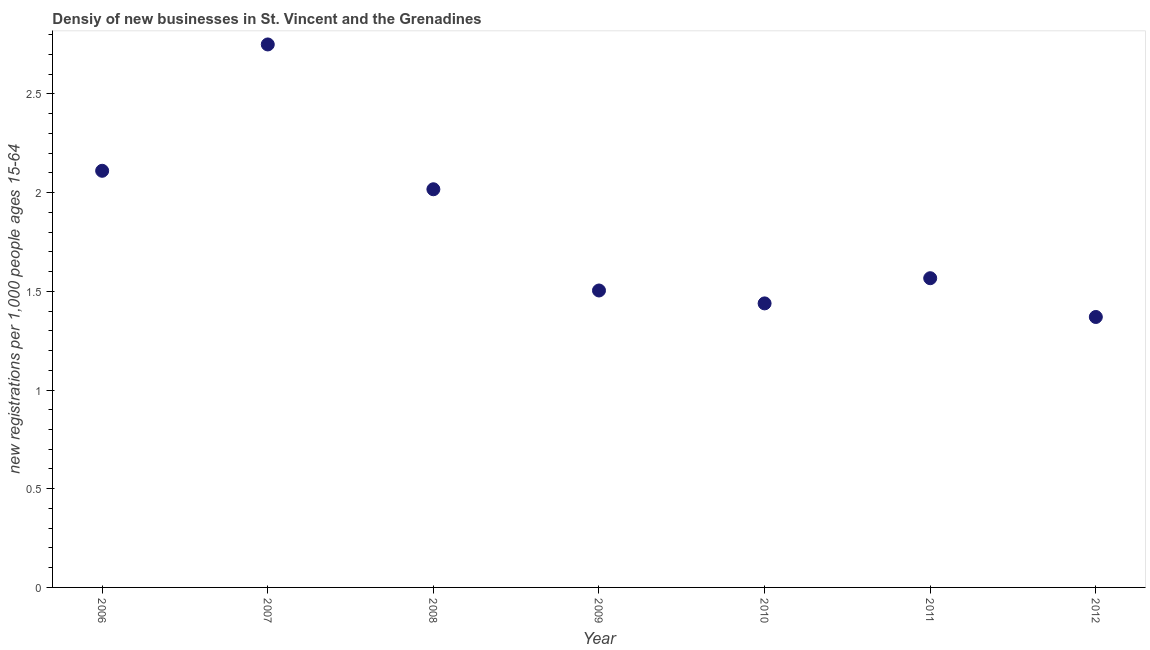
| Year | New business density |
 | --- | --- |
 | 2006 | 2.11 |
 | 2007 | 2.75 |
 | 2008 | 2.02 |
 | 2009 | 1.5 |
 | 2010 | 1.44 |
 | 2011 | 1.57 |
 | 2012 | 1.37 |